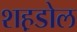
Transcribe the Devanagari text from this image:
शह़डोल